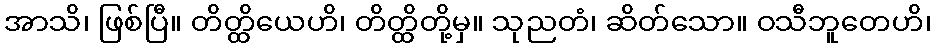
အာသိ၊ ဖြစ်ပြီ။ တိတ္ထိယေဟိ၊ တိတ္ထိတို့မှ။ သုညတံ၊ ဆိတ်သော။ ဝသီဘူတေဟိ၊